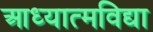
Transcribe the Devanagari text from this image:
आध्यात्मविद्या